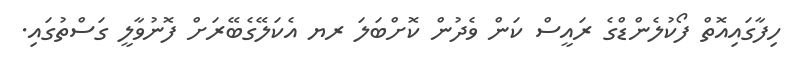
ހިފާގައިއޮތް ފޯކުލެންޑްގެ ރައީސް ކަން ވެދުން ކޮށްބަލަ ރޔ އެކަލޭގެބޭރަށް ފޮނުވާލީ ގަސްތުގައި.